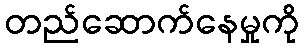
တည်ဆောက်နေမှုကို